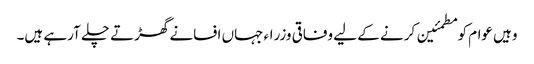
وہیں عوام کو مطمئین کرنے کے لیے وفاقی وزراء جہاں افسانے گھڑتے چلے آرہے ہیں۔